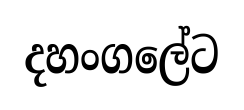
දහංගලේට